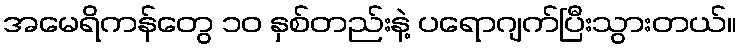
အမေရိကန်တွေ ၁၀ နှစ်တည်းနဲ့ ပရောဂျက်ပြီးသွားတယ်။